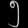
Digit: ၅